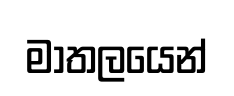
මාතලයෙන්